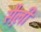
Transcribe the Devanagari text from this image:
सैल़ी